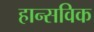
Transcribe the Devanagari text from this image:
हान्सविक